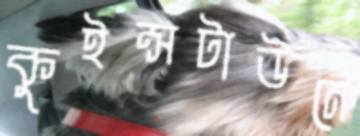
কুইন্সটাউনে